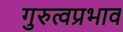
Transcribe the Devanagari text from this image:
गुरुत्वप्रभाव